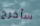
سأخرج